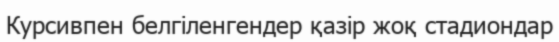
Курсивпен белгіленгендер қазір жоқ стадиондар